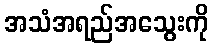
အသံအရည်အသွေးကို